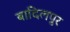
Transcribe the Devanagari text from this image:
बादिलपुर